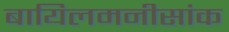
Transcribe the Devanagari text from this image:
बायिलमनीसांक